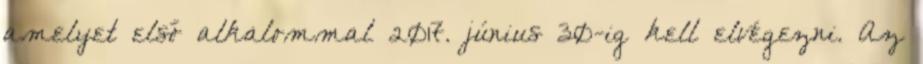
amelyet első alkalommal 2017. június 30-ig kell elvégezni. Az